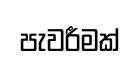
පැවරීමක්